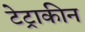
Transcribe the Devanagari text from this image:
टेट्राकीन